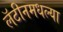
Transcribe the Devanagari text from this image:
लॅटीनमधल्या